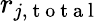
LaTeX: r_{j,\mathrm{~t~o~t~a~l~}}